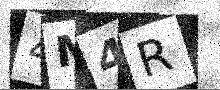
Text: 4M4R